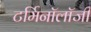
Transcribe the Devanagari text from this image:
टर्मिनॉलॉजी